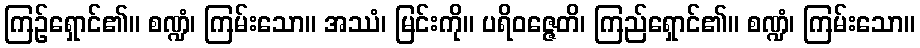
ကြဉ်ရှောင်၏။ စဏ္ဍံ၊ ကြမ်းသော။ အဿံ၊ မြင်းကို။ ပရိဝဇ္ဇေတိ၊ ကြည်ရှောင်၏။ စဏ္ဍံ၊ ကြမ်းသော။